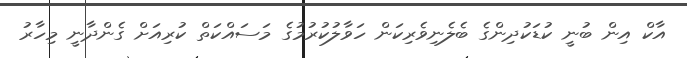
އާކް އިން ބުނީ ކުޑަކުދިންގެ ބެލެނިވެރިކަން ހަވާލުކުރުމުގެ މަސައްކަތް ކުރިއަށް ގެންދާނީ މިހާރު